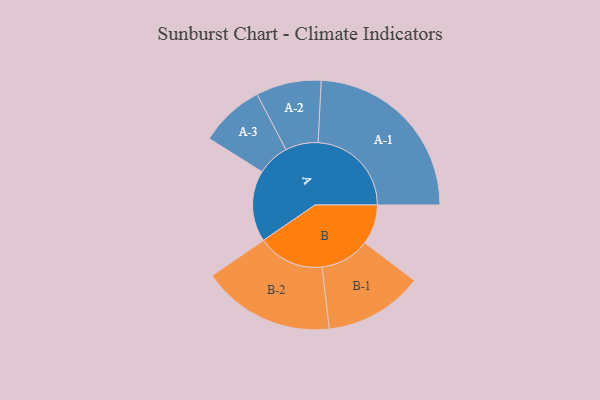
{"axis": {"x": "Segment", "y": "Value"}, "legend": ["", "A", "B"], "data": [{"x": "A", "y": 229, "type": ""}, {"x": "B", "y": 128, "type": ""}, {"x": "A-1", "y": 300, "type": "A"}, {"x": "A-2", "y": 105, "type": "A"}, {"x": "A-3", "y": 104, "type": "A"}, {"x": "B-1", "y": 159, "type": "B"}, {"x": "B-2", "y": 214, "type": "B"}]}